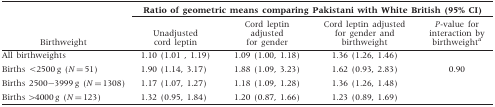
<table><thead><tr><td></td><td colspan="4"><b>Ratio of geometric means comparing Pakistani with White British (95% CI)</b></td></tr><tr><td><b>Birthweight</b></td><td><b>Unadjusted cord leptin</b></td><td><b>Cord leptin adjusted for gender</b></td><td><b>Cord leptin adjusted for gender and birthweight</b></td><td><b><i>P</i>-value for interaction by birthweight<sup>a</sup></b></td></tr></thead><tbody><tr><td>All birthweights</td><td>1.10 (1.01 , 1.19)</td><td>1.09 (1.00, 1.18)</td><td>1.36 (1.26, 1.46)</td><td></td></tr><tr><td>Births &lt;2500 g (<i>N</i> = 51)</td><td>1.90 (1.14, 3.17)</td><td>1.88 (1.09, 3.23)</td><td>1.62 (0.93, 2.83)</td><td rowspan="3">0.90</td></tr><tr><td>Births 2500−3999 g (<i>N</i> = 1308)</td><td>1.17 (1.07, 1.27)</td><td>1.18 (1.09, 1.28)</td><td>1.36 (1.26, 1.48)</td></tr><tr><td>Births <underline>&gt;</underline>4000 g (<i>N</i> = 123)</td><td>1.32 (0.95, 1.84)</td><td>1.20 (0.87, 1.66)</td><td>1.23 (0.89, 1.69)</td></tr></tbody></table>